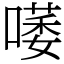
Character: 𠾭